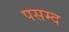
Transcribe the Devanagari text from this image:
पसम्द